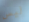
ليس